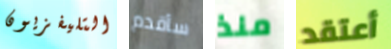
التليفزيون سأقدم منذ أعتقد